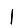
Digit: 1